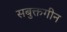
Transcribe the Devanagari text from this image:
सबुक्तगीन